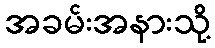
အခမ်းအနားသို့